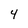
Character: 4